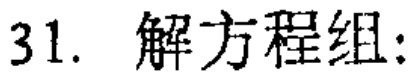
31. 解方程组: